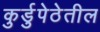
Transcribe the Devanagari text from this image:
कुर्डुपेठेतील